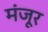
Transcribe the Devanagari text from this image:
मंंजूर